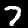
Label: 7